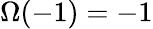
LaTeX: \Omega(-1)=-1